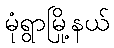
မုံရွာမြို့နယ်